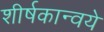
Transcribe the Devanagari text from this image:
शीर्षकान्वये